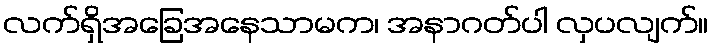
လက်ရှိအခြေအနေသာမက၊ အနာဂတ်ပါ လှပလျက်။